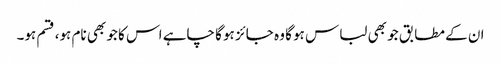
ان کے مطابق جو بھی لباس ہو گا وہ جائز ہو گا چاہے اس کا جو بھی نام ہو، قسم ہو۔